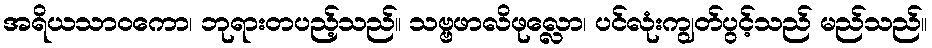
အရိယသာဝကော၊ ဘုရားတပည့်သည်။ သဗ္ဗဖာလိဖုလ္လော၊ ပင်လုံးကျွတ်ပွင့်သည် မည်သည်။